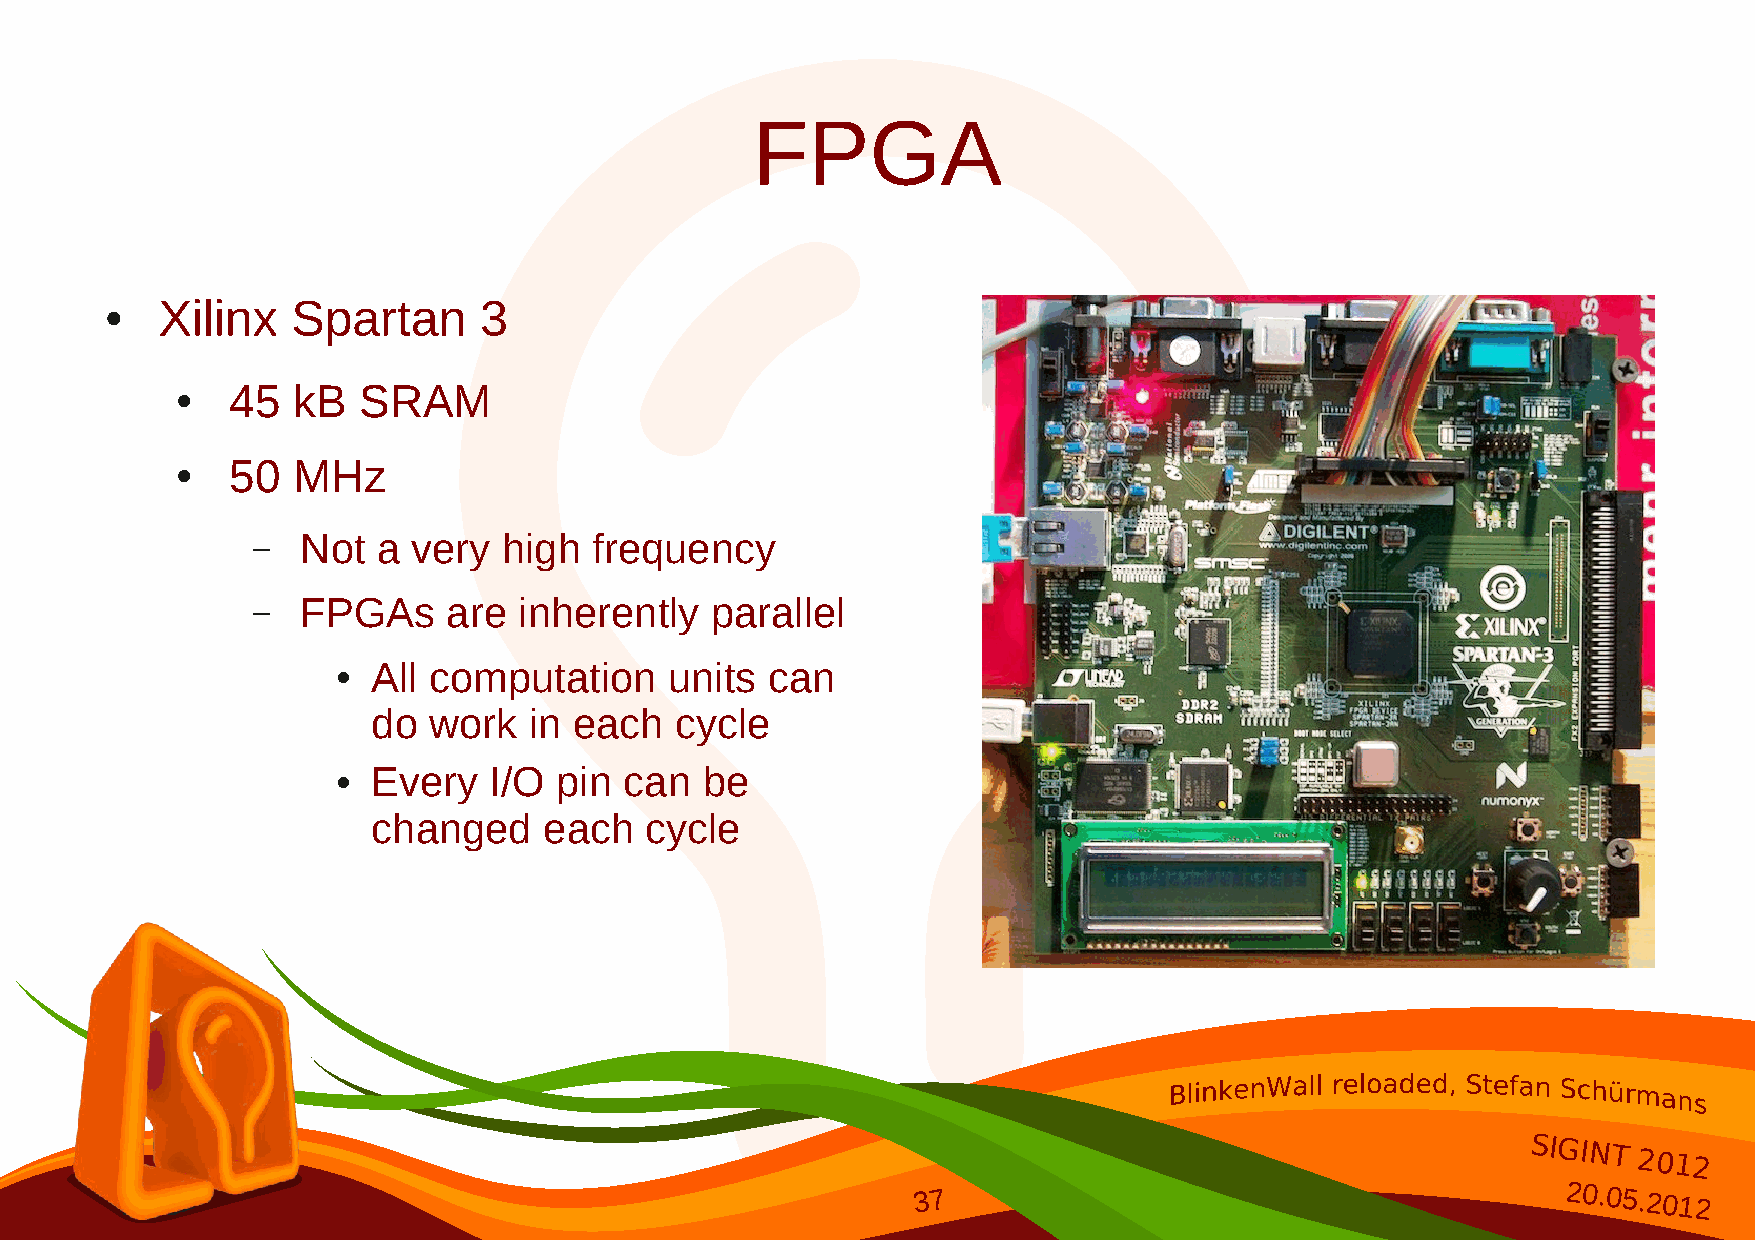
FPGA
 Xilinx   Spartan      3
 ●
 45  kB   SRAM
 ●
 50  MHz
 ●
 –  Not  a very  high  frequency
 –  FPGAs     are inherently   parallel
 All computation    units  can
 ●
 do work   in each   cycle
 Every  I/O  pin can  be
 ●
 changed    each   cycle
 SIGINT
 2012
 37                                        20.05.2012